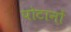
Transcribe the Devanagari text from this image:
पोटानों